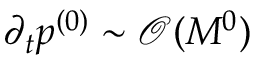
\partial _ { t } \ensuremath { p ^ { ( 0 ) } } \sim \ensuremath { \mathcal { O } ( M ^ { 0 } ) }